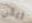
ريكي